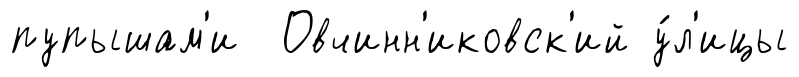
пупышам'и Овчинн'иковск'ий у́л'ицы